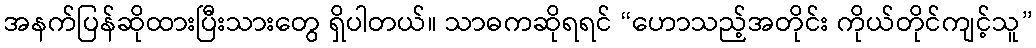
အနက်ပြန်ဆိုထားပြီးသားတွေ ရှိပါတယ်။ သာဓကဆိုရရင် “ဟောသည့်အတိုင်း ကိုယ်တိုင်ကျင့်သူ”